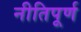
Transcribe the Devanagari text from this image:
नीतिपूर्ण